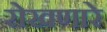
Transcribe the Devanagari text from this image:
रोखणारे